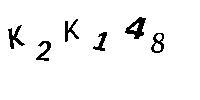
K2K148